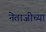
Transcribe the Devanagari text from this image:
नेताजीच्या